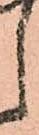
し